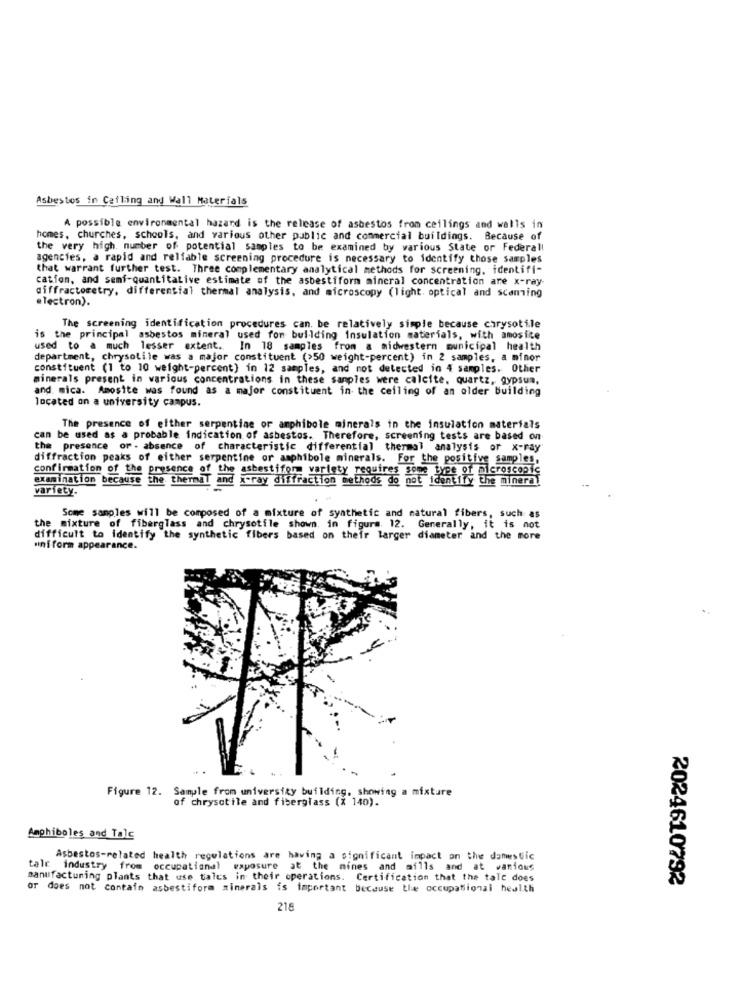
Asbestos in Catling and Wall Materials
A possible environmental hazard is the release of asbestos from ceilings and walls in
homes, churches, schools, and various other public and commercial buildings. Because of
the very high, number of potential samples to be examined by various State or Federall
agencies, a rapid and reliable screening procedure is necessary to identify those samples
that warrant further test. Three complementary analytical methods for screening, identifi-
cation, and semi-quantitative estimate of the asbestiform mineral concentration are x-ray-
diffractometry, differential thermal analysis, and microscopy (light. optical and scaming
electron).
The screening identification procedures can be relatively simple because chrysotile
is the principal asbestos mineral used for building insulation materials, with amosice
used to a much lesser extent.
In 18 samples from a midwestern municipal health
department, chrysolile was a major constituent (>50 weight-percent) in 2 samples, a minor
constituent (1 to 10 weight-percent) in 12 samples, and not detected in 4 samples. Other
minerals present in various concentrations in these samples were calcite, quartz, gypsum,
and mica. Amosite was found as a major constituent in the ceiling of an older building
located on a university campus.
The presence of either serpentine or amphibole minerals in the insulation materials
can be used as a probable indication of asbestos. Therefore, screening tests are based on
the presence or - absence of characteristic differential thermal analysis or x-ray
diffraction peaks of either serpentine or amphibole minerals. For the positive samples,
confirmation of the presence of the asbestifor variety requires some type of microscopic
examination because the thermal and x-ray diffraction methods do not identify the mineral
variety.
Some samples will be composed of a mixture of synthetic and natural fibers, such as
the mixture of fiberglass and chrysotile shown, in figura 12.
Generally, it is not
difficult to identify the synthetic fibers based on their larger diameter and the more
uniform appearance.
Figure 12. Sample from university building, showing a mixture
of chrysotile and fiberglass (x 140).
Amphiboles and Tole
Asbestos-related health regulations are having a significant impact on the domestic
tale industry from occupational exposure at the mines and mills and at wanious
manufacturing plants that use tales in their operations. Certification that the tale does
2024610792
or does not contain asbestiform minerals is important because the occupational health
218